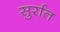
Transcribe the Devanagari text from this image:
सुर्रात